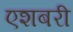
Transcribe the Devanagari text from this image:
एशबरी